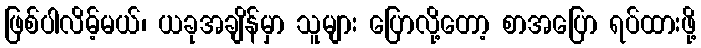
ဖြစ်ပါလိမ့်မယ်၊ ယခုအချိန်မှာ သူများ ပြောလို့တော့ စာအပြော ရပ်ထားဖို့